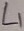
Text: L1